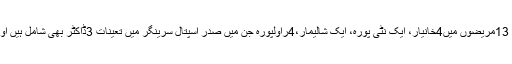
ذرائع نے بتایا کہ سرینگر ضلع کے 13مریضوں میں4خانیار، ایک نٹی پورہ، ایک شالیمار،4راولپورہ جن میں صدر اسپتال سرینگر میں تعینات 3ڈاکٹر بھی شامل ہیں اور ایک بٹہ مالو سے تعلق رکھتا ہے۔